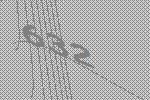
632